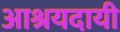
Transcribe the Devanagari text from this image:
आश्रयदायी